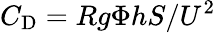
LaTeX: C_{\mathrm{D}}=Rg\Phi hS/U^{2}